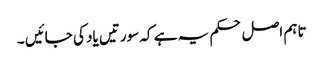
تاہم اصل حکم یہ ہے کہ سورتیں یاد کی جائیں ۔